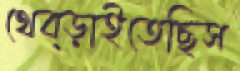
থেব্‌ড়াইতেছিস